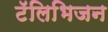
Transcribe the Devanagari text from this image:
टॅलिभिजन